Scientific memoirs by medical officers of the Army of India - Part XI,
Year: 1898
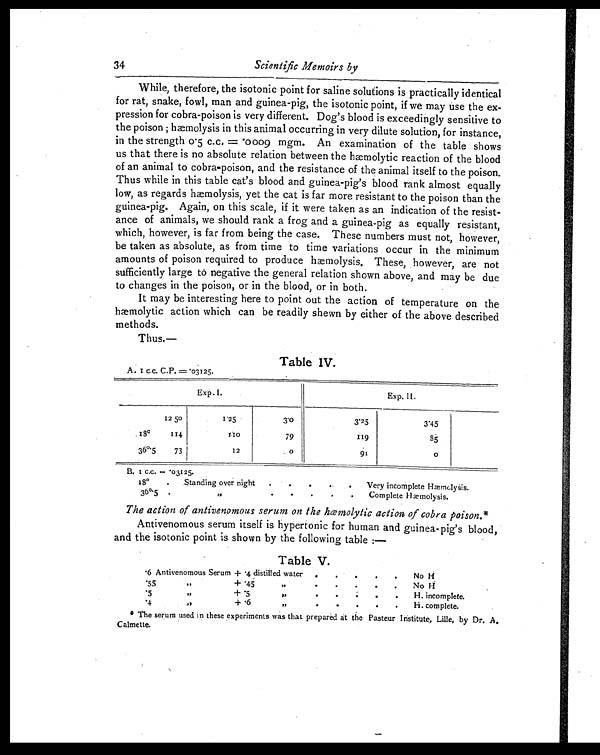
34
Scientific Memoirs by
While, therefore, the isotonic point for saline solutions is practically identical
for rat, snake, fowl, man and guinea-pig, the isotonic point, if we may use the ex-
pression for cobra-poison is very different. Dog's blood is exceedingly sensitive to
the poison ; hæmolysis in this animal occurring in very dilute solution, for instance,
in the strength 0. 5 c.c. = .0009 mgm. An examination of the table shows
us that there is no absolute relation between the hæmolytic reaction of the blood
of an animal to cobra-poison, and the resistance of the animal itself to the poison.
Thus while in this table cat's blood and guinea-pig's blood rank almost equally
low, as regards hæmolysis, yet the cat is far more resistant to the poison than the
guinea-pig. Again, on this scale, if it were taken as an indication of the resist-
ance of animals, we should rank a frog and a guinea-pig as equally resistant,
which, however, is far from being the case. These numbers must not, however,
be taken as absolute, as from time to time variations occur in the minimum
amounts of poison required to produce hæmolysis, These, however, are not
sufficiently large to negative the general relation shown above, and may be due
to changes in the poison, or in the blood, or in both.
It may be interesting here to point out the action of temperature on the
hæmolytic action which can be readily shewn by either of the above described
methods.
Thus.—
Table IV.
C . C .
C . P . = . 0 3 1 2 5 .
E x p . I .
Exp. II.
12
50
1.25
3.0
3.25
3.45
180 114
1.10
79
119
85
360.5
73
12
0
91
0
B. I C.C.=.03125.
18°
.
Standing over night
.
.
.
. .
Very incomplete Hæmolysis.
3 6 0 .
5
, ,
.
.
.
.
Complete Hæmolysis.
The action of antivenomous serum on the hæmolytic action of cobra poison.*
Antivenomous serum itself is hypertonic for human and guinea-pig's blood,
and the isotonic point is shown by the following table :—
Table V.
. 6 A n t i v e n o m o u s S e r u m
+ .
4 d i s t i l l e d w a t e r
.
.
.
.
No H
. 5 5 , ,
+ .45
,,
.
.
.
.
No H
. 5 , ,
+ .5
,,
.
.
.
.
H. incomplete.
. 4
,,
+ .6
,,
.
.
.
.
H. complete.
* The serum used in these experiments was that prepared at the Pasteur Institute, Lille, by Dr. A.
Calmette.